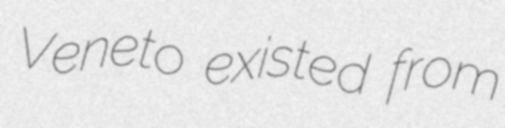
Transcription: Veneto existed from